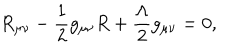
R _ { \mu \nu } - \frac { 1 } { 2 } g _ { \mu \nu } R + \frac { \Lambda } { 2 } g _ { \mu \nu } = 0 ,